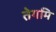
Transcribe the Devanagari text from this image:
तेगमि